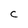
Character: c